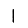
Digit: 1